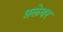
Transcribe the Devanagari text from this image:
फ़्लेवर